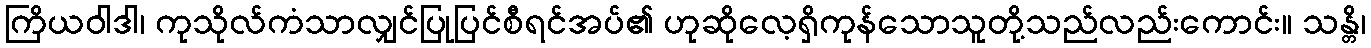
ကြိယဝါဒါ၊ ကုသိုလ်ကံသာလျှင်ပြုပြင်စီရင်အပ်၏ ဟုဆိုလေ့ရှိကုန်သောသူတို့သည်လည်းကောင်း။ သန္တိ၊